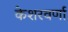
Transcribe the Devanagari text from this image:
केशरवर्णा